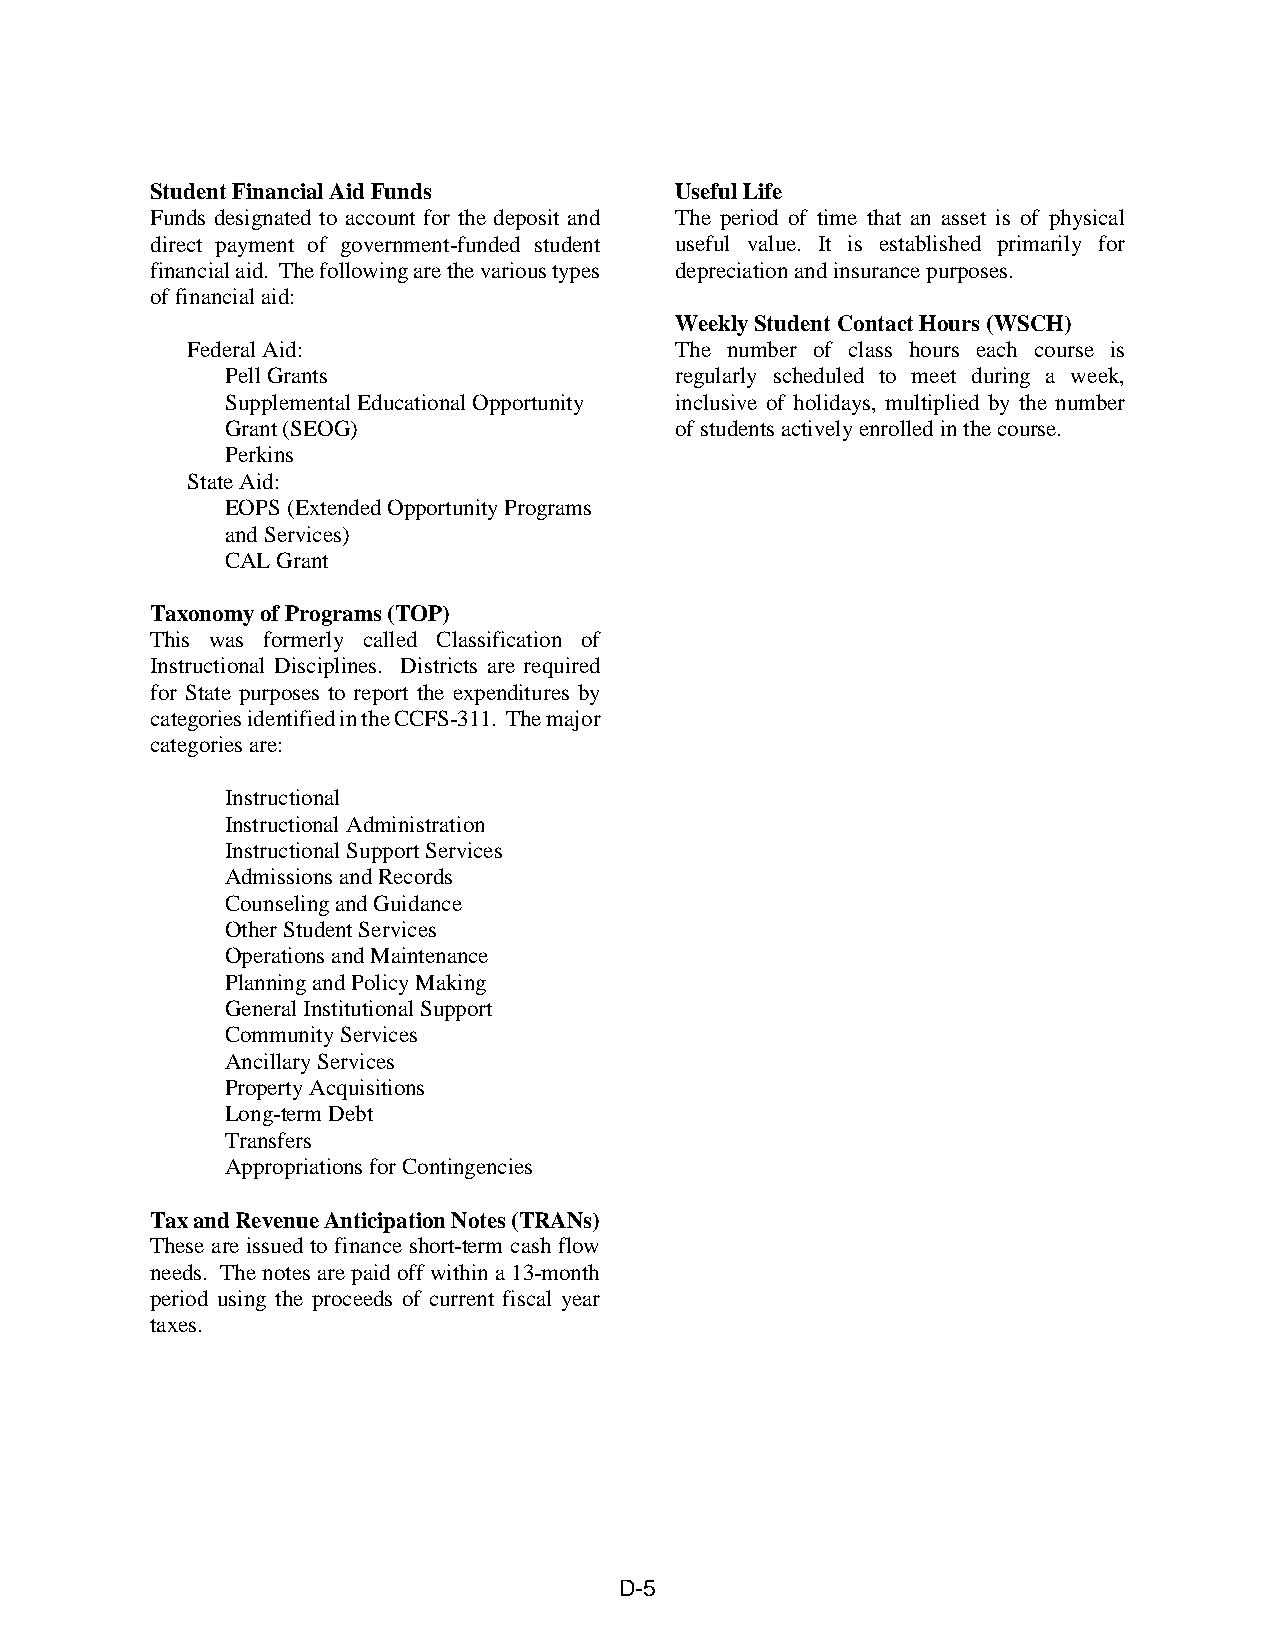
Student Financial Aid Funds        Useful Life
 Funds designated to account for the deposit and The period of time that an asset is of physical
 direct payment of government-funded student useful value. It is established primarily for
 financial aid. The following are the various types depreciation and insurance purposes.
 of financial aid:
 Weekly Student Contact Hours (WSCH)
 Federal Aid:                     The number of class hours each course is
 Pell Grants                   regularly scheduled to meet during a week,
 Supplemental Educational Opportunity inclusive of holidays, multiplied by the number
 Grant (SEOG)                  of students actively enrolled in the course.
 Perkins
 State Aid:
 EOPS (Extended Opportunity Programs
 and Services)
 CAL Grant
 Taxonomy of Programs (TOP)
 This was formerly called Classification of
 Instructional Disciplines. Districts are required
 for State purposes to report the expenditures by
 categories identified in the CCFS-311. The major
 categories are:
 Instructional
 Instructional Administration
 Instructional Support Services
 Admissions and Records
 Counseling and Guidance
 Other Student Services
 Operations and Maintenance
 Planning and Policy Making
 General Institutional Support
 Community Services
 Ancillary Services
 Property Acquisitions
 Long-term Debt
 Transfers
 Appropriations for Contingencies
 Tax and Revenue Anticipation Notes (TRANs)
 These are issued to finance short-term cash flow
 needs. The notes are paid off within a 13-month
 period using the proceeds of current fiscal year
 taxes.
 D-5